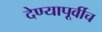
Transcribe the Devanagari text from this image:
देण्यापूर्वीच